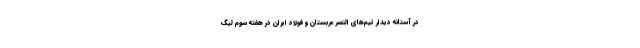
در آستانه دیدار تیم‌های النصر عربستان و فولاد ایران در هفته سوم لیگ